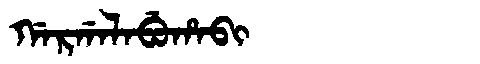
Manchu: ᡤᠠᡵᡤᠠᠯᠠᠪᡠᡥᠠᠪᡳ
Romanization: GARGALABUHABI